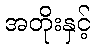
အတိုးနှင့်